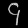
Digit: ၄